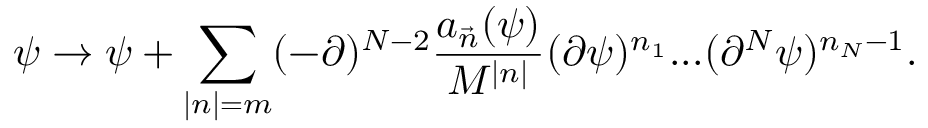
\psi \rightarrow \psi + \sum _ { | n | = m } ( - \partial ) ^ { N - 2 } \frac { a _ { \vec { n } } ( \psi ) } { M ^ { | n | } } ( \partial \psi ) ^ { n _ { 1 } } . . . ( \partial ^ { N } \psi ) ^ { n _ { N } - 1 } .